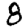
Digit: 8